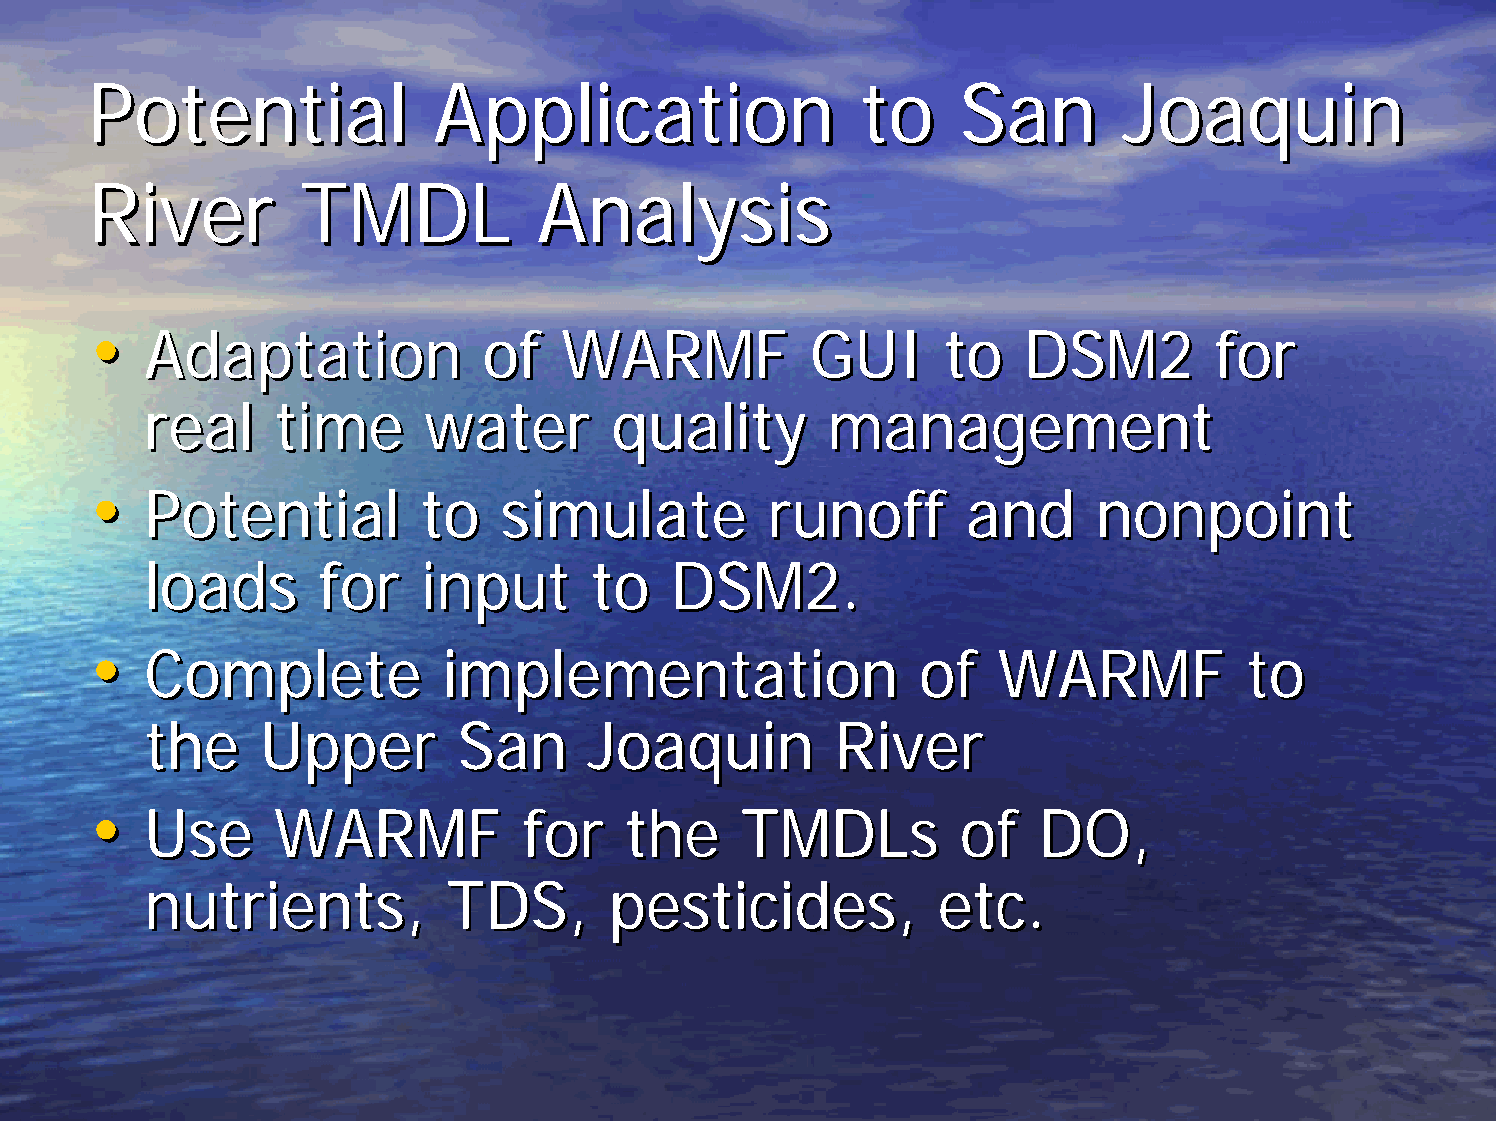
PPootteennttiiaall     AApppplliiccaattiioonn      ttoo   SSaann    JJooaaqquuiinn
 RRiivveerr    TTMMDDLL        AAnnaallyyssiiss
 ••
 AAddaappttaattiioonn  ooff WWAARRMMFF       GGUUII   ttoo DDSSMM22     ffoorr
 rreeaall ttiimmee wwaatteerr   qquuaalliittyy mmaannaaggeemmeenntt
 ••
 PPootteennttiiaall ttoo ssiimmuullaattee rruunnooffff aanndd   nnoonnppooiinntt
 llooaaddss ffoorr iinnppuutt ttoo DDSSMM22..
 ••
 CCoommpplleettee   iimmpplleemmeennttaattiioonn    ooff WWAARRMMFF       ttoo
 tthhee UUppppeerr   SSaann   JJooaaqquuiinn  RRiivveerr
 ••
 UUssee  WWAARRMMFF       ffoorr tthhee TTMMDDLLss     ooff DDOO,,
 nnuuttrriieennttss,, TTDDSS,, ppeessttiicciiddeess,, eettcc..